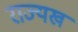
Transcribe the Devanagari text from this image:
राज्यख